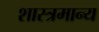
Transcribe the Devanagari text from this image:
शास्त्रमान्य